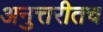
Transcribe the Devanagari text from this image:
अनुत्तरीतच